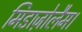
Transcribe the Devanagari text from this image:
मिडाज़ोलैम।